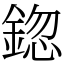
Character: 鍃